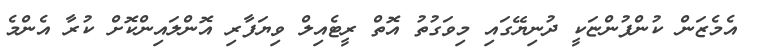
އެމެޒަން ކުންފުންޏަކީ ދުނިޔޭގައި މިވަގުތު އޮތް ރީޓެއިލް ވިޔަފާރި އޮންލައިންކޮށް ކުރާ އެންމެ